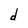
Character: d